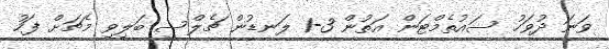
ވަނަ ދުވަހު ސައުތެމްޓަން އަތުން 3-1 ލަނޑުން ޗެލްސީ ބަލިިވި މެޗަށް ފަހު